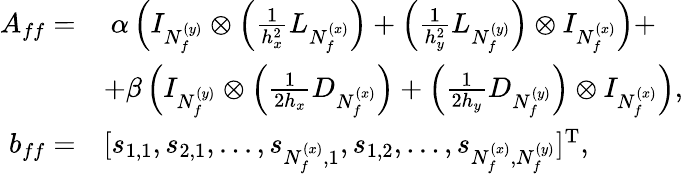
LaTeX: \begin{array}{rl}{A_{ff}=}&{\ \alpha\left(I_{N_{f}^{(y)}}\otimes\left(\frac{1}{h_{x}^{2}}L_{N_{f}^{(x)}}\right)+\left(\frac{1}{h_{y}^{2}}L_{N_{f}^{(y)}}\right)\otimes I_{N_{f}^{(x)}}\right)+}\\ &{+\beta\left(I_{N_{f}^{(y)}}\otimes\left(\frac{1}{2h_{x}}D_{N_{f}^{(x)}}\right)+\left(\frac{1}{2h_{y}}D_{N_{f}^{(y)}}\right)\otimes I_{N_{f}^{(x)}}\right),}\\ {b_{ff}=}&{[s_{1,1},s_{2,1},...,s_{N_{f}^{(x)},1},s_{1,2},...,s_{N_{f}^{(x)},N_{f}^{(y)}}]^{\mathrm{T}},}\end{array}